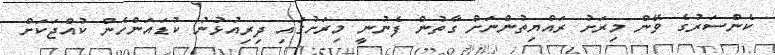
ކެންސަރުގެ ވޭން މިރަށު ރައްޔިތުންނަށް ގާތުން ފެނުނީ މިރަށުގައި ދިރިއުޅުނު ކުޑައަންހެން ކުއްޖަކަށް